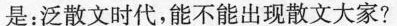
是：泛散文时代，能不能出现散文大家?